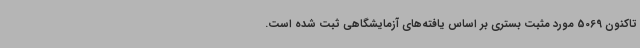
تاکنون 5069 مورد مثبت بستری بر اساس یافته‌های آزمایشگاهی ثبت شده است.